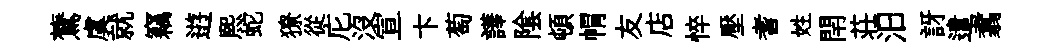
鷟虞就竊逰煕蛇獠從庀沒宣卞萄譁隂頓㡌友店悴壓耆姓閈荘汨訝遣翥